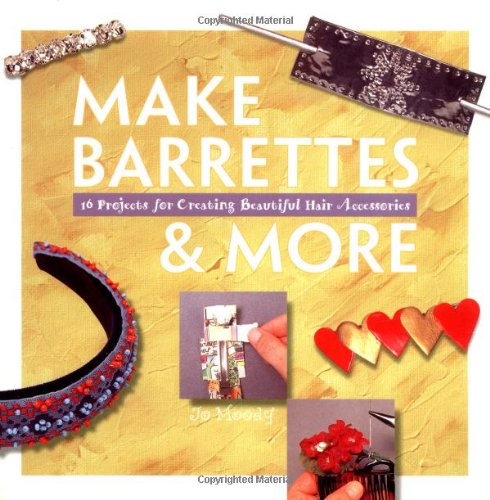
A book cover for Make Barrettes & More: 16 Projects for Creating Beautiful Hair Accessories (Making Jewelry Series); Jo Moody; Health, Fitness & Dieting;